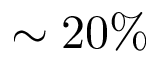
\sim 2 0 \%